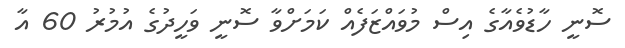
ސޮނީ ހާޑުވެއާގެ އިސް މުވައްޒަފެއް ކަމަށްވާ ސޮނީ ވަހީދުގެ އުމުރު 60 އާ